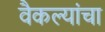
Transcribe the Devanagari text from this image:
वैकल्यांचा